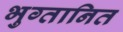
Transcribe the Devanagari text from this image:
भुग्तानित